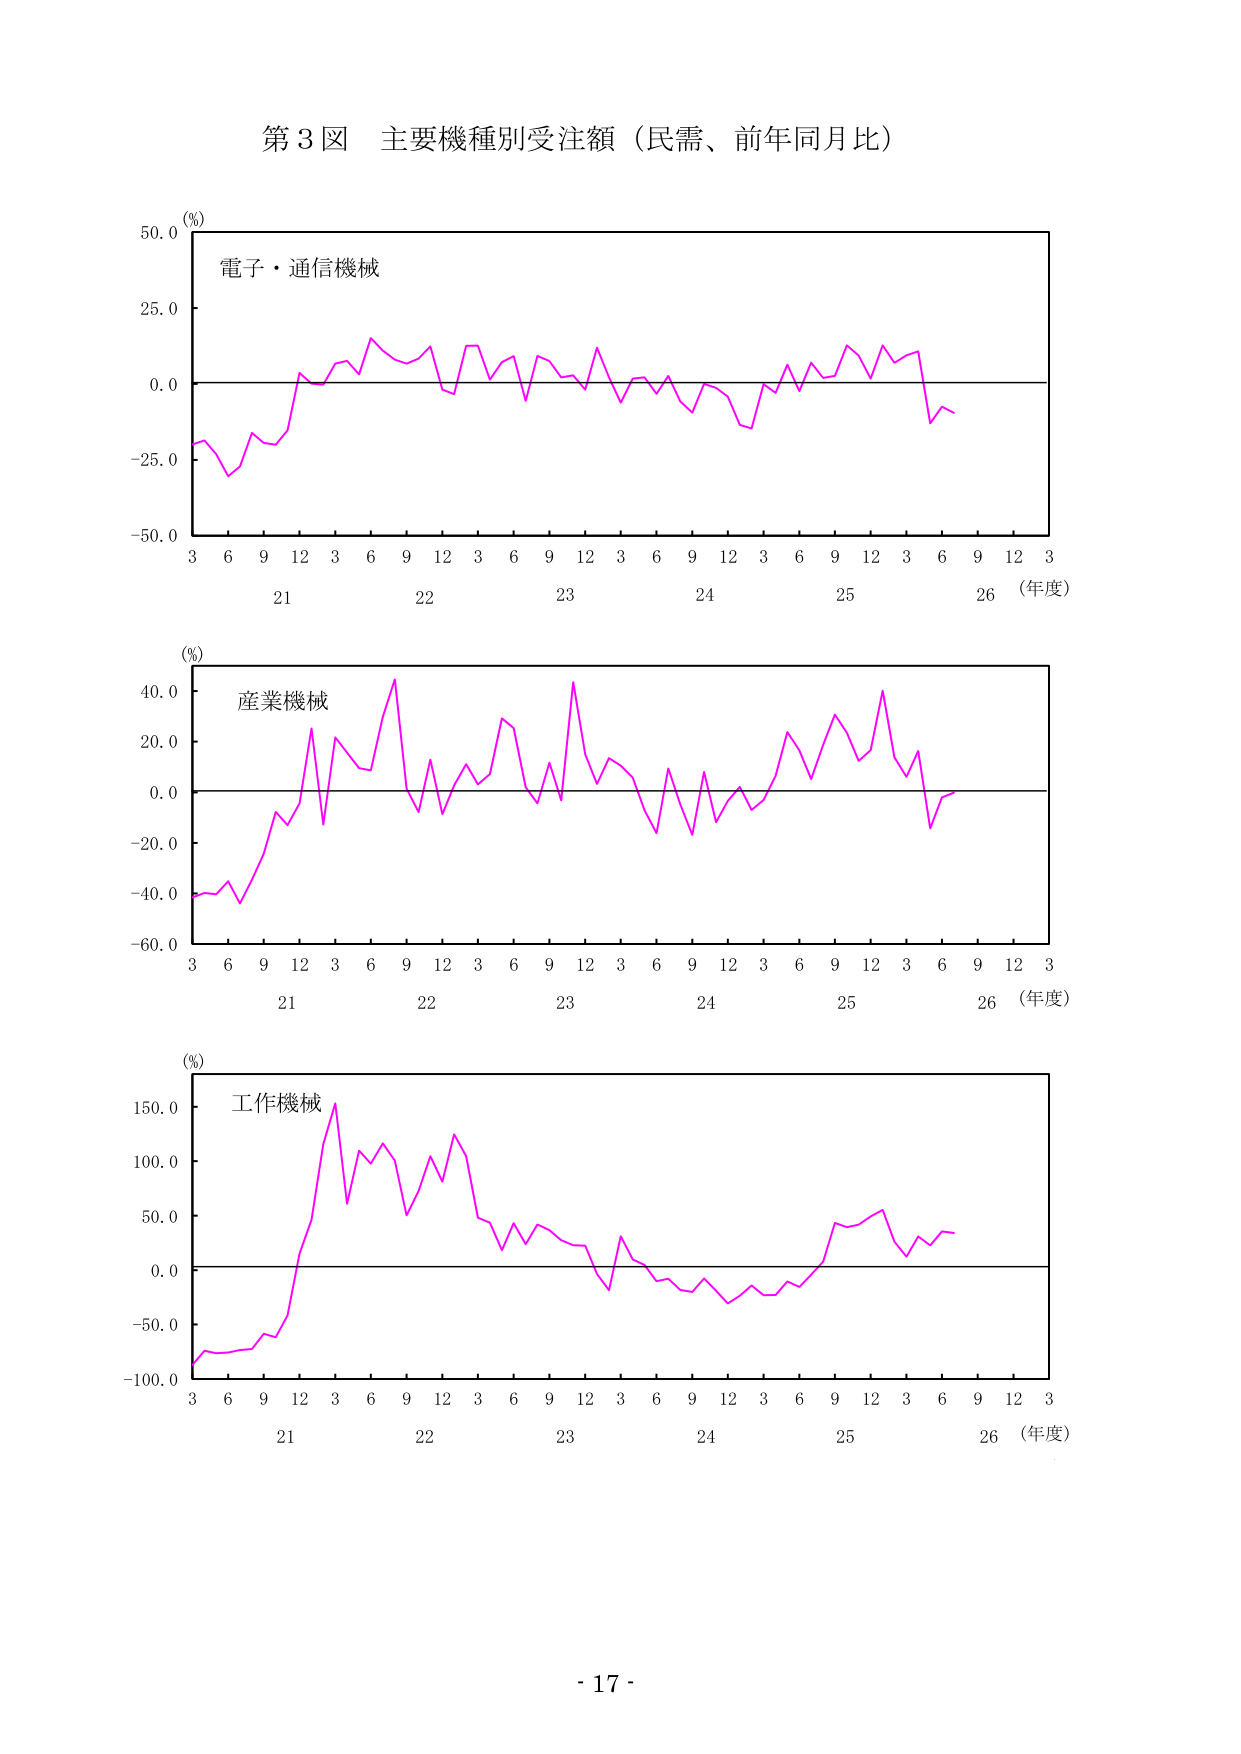
第3図 主要機種別受注額（民需、前年同月比）

(%)
電子・通信機械
50.0
25.0
0.0
-25.0
-50.0
3 6 9 12 3 6 9 12 3 6 9 12 3 6 9 12 3 6 9 12 3
21 22 23 24 25 26 （年度）

(%)
産業機械
40.0
20.0
0.0
-20.0
-40.0
-60.0
3 6 9 12 3 6 9 12 3 6 9 12 3 6 9 12 3 6 9 12 3
21 22 23 24 25 26 （年度）

(%)
工作機械
150.0
100.0
50.0
0.0
-50.0
-100.0
3 6 9 12 3 6 9 12 3 6 9 12 3 6 9 12 3 6 9 12 3
21 22 23 24 25 26 （年度）

- 17 -